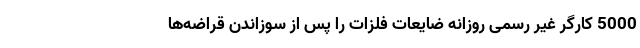
5000 کارگر غیر رسمی روزانه ضایعات فلزات را پس از سوزاندن قراضه‌ها